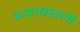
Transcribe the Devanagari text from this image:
कजाखस्तानी